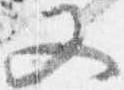
又